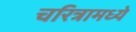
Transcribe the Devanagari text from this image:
चरित्रामध्ये